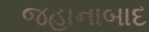
જહાનાબાદ